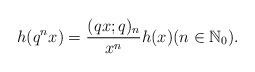
LaTeX: \begin{align*} h(q^nx)= \frac{(qx;q)_n}{x^n} h(x) (n\in \mathbb{N}_0). \end{align*}